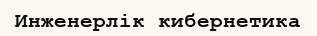
Инженерлік кибернетика